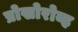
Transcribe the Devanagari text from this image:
प्रोखोरोव्ह